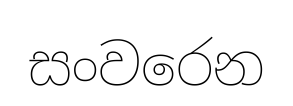
සංවරෙන